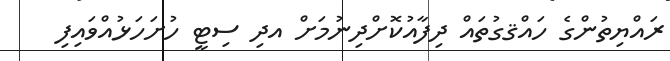
ރައްޔިތުންގެ ހައްޤގުތައް ދިފާއުކޮށްދިނުމަށް އދި ސިޓީ ހުށަހަޅުއްވައިފި